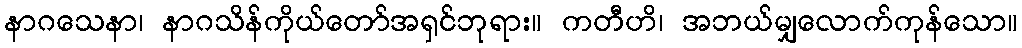
နာဂသေနာ၊ နာဂသိန်ကိုယ်တော်အရှင်ဘုရား။ ကတီဟိ၊ အဘယ်မျှလောက်ကုန်သော။